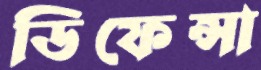
ডিফেন্সা